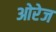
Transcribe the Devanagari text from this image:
ओरेज